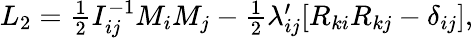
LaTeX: \begin{array}{r}{L_{2}=\frac 12I_{ij}^{-1}M_{i}M_{j}-\frac 12\lambda_{ij}^{\prime}[R_{ki}R_{kj}-\delta_{ij}],}\end{array}